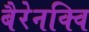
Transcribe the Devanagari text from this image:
बैरेनक्वि